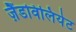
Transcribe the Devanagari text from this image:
ज़ैंडविलियेट